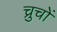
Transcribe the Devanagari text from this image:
च्रुचों